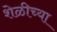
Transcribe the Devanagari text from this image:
शेळीच्या